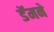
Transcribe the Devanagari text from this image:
डॅमने